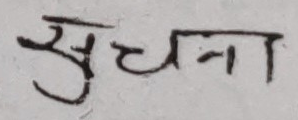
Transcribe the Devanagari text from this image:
सूचना